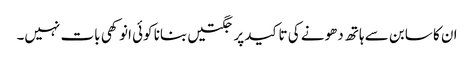
ان کا سابن سے ہاتھ دھونے کی تاکید پر جگتیں بنانا کوئی انوکھی بات نہیں۔